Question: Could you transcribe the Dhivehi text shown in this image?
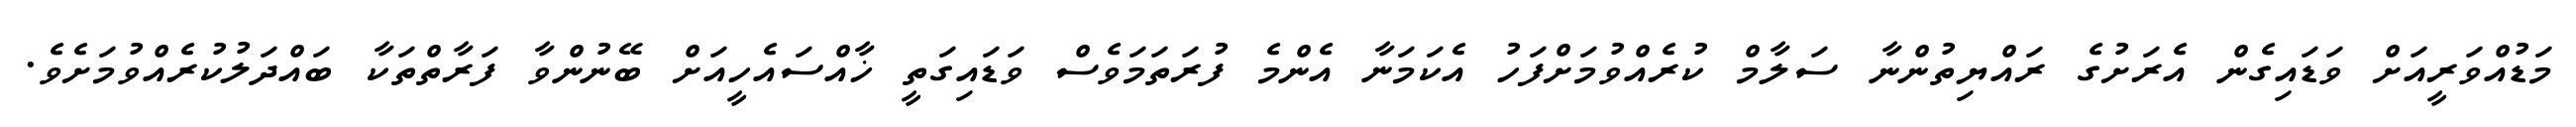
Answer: މަޑުއްވަރީއަށް ވަޑައިގެން އެރަށުގެ ރައްޔިތުންނާ ސަލާމް ކުރެއްވުމަށްފަހު އެކަމަނާ އެންމެ ފުރަތަމަވެސް ވަޑައިގަތީ ޚާއްސައެހީއަށް ބޭނުންވާ ފަރާތްތަކާ ބައްދަލުކުރެއްވުމަށެވެ.